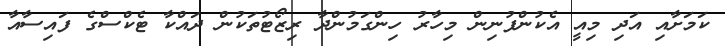
ކަމަށާއި އަދި މިއީ އެކުންފުނިން މިހާރު ހިންގަމުންދާ ރިޒޯޓުތަކުން ދައްކާ ޓެކްސްގެ ފައިސާއާ